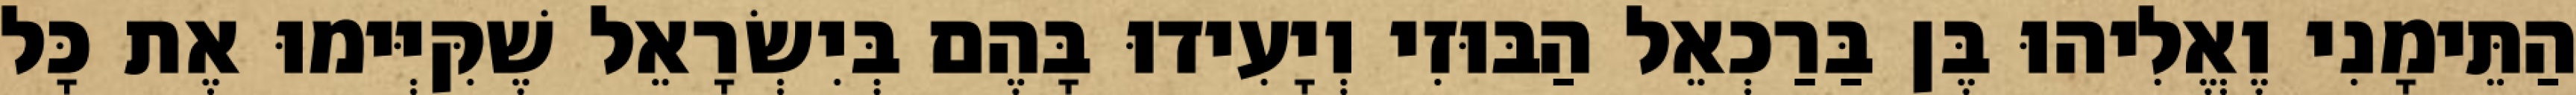
הַתֵּימָנִי וֶאֱלִיהוּ בֶּן בַּרַכְאֵל הַבּוּזִי וְיָעִידוּ בָּהֶם בְּיִשְׂרָאֵל שֶׁקִּיְּימוּ אֶת כָּל